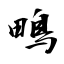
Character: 鴫